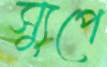
স্যুপে